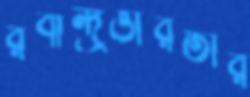
রবীন্দ্রভারতীর